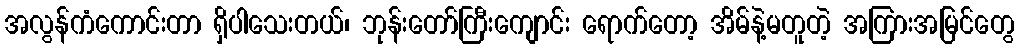
အလွန်ကံကောင်းတာ ရှိပါသေးတယ်၊ ဘုန်းတော်ကြီးကျောင်း ရောက်တော့ အိမ်နဲ့မတူတဲ့ အကြားအမြင်တွေ